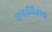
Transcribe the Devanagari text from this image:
सत्राजिताचा